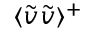
\textlangle \tilde { v } \tilde { v } \textrangle ^ { + }